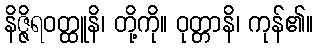
နိဇ္ဇိရဝတ္ထူနိ၊ တို့ကို။ ဝုတ္တာနိ၊ ကုန်၏။